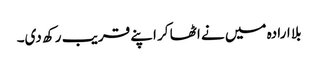
بلا ارادہ میں نے اٹھا کر اپنے قریب رکھ دی۔